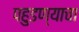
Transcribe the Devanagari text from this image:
पहुडण्याचा